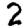
Digit: 2